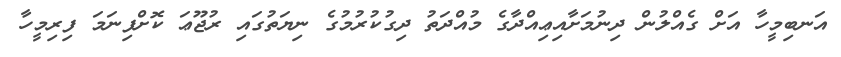
އަނބިމީހާ އަށް ގެއްލުން ދިނުމަށާއިޢިއްދާގެ މުއްދަތު ދިގުކުރުމުގެ ނިޔަތުގައި ރުޖޫޢަ ކޮށްފިނަމަ ފިރިމީހާ